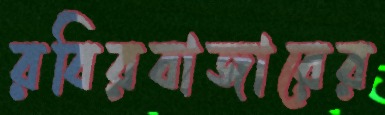
রবিরবাজারের